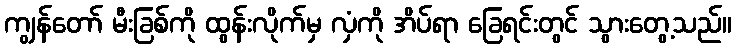
ကျွန်တော် မီးခြစ်ကို ထွန်းလိုက်မှ လှံကို အိပ်ရာ ခြေရင်းတွင် သွားတွေ့သည်။